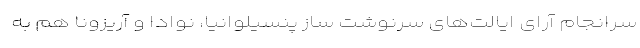
سرانجام آرای ایالت‌های سرنوشت ساز پنسیلوانیا، نوادا و آریزونا هم به